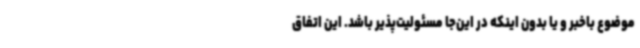
موضوع باخبر و یا بدون اینکه در این‌جا مسئولیت‌پذیر باشد. این اتفاق